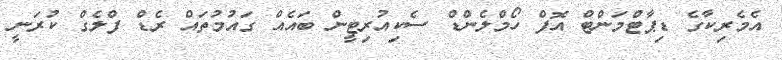
އެމެރިކާގެ ޑިޕާޓްމަންޓް އޮފް ހޯމްލެންޑް ސެކިއުރިޓީން ބައެއް ގައުމުތައް ރެޑް ފްލެގް ކުރަނީ